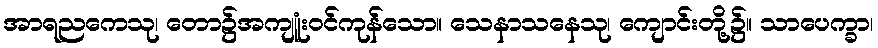
အာရညကေသု၊ တော၌အကျူံးဝင်ကုန်သော။ သေနာသနေသု၊ ကျောင်းတို့၌။ သာပေက္ခာ၊